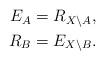
LaTeX: \begin{align*}\begin{aligned}E_A & = R_{X \backslash A}, \\R_B & = E_{X \backslash B}.\end{aligned}\end{align*}